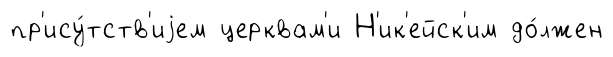
пр'ису́тств'иjем церквам'и Н'ик'ейск'им до́лжен